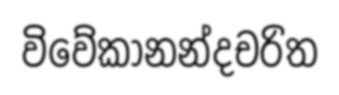
විවේකානන්දචරිත